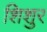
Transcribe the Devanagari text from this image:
शिशुर